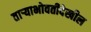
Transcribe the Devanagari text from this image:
ताऱ्याभोवतीदेखील